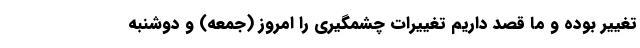
تغییر بوده و ما قصد داریم تغییرات چشمگیری را امروز (جمعه) و دوشنبه